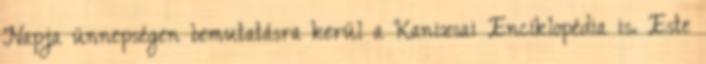
Napja ünnepségen bemutatásra kerül a Kanizsai Enciklopédia is. Este